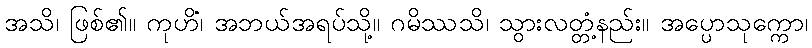
အသိ၊ ဖြစ်၏။ ကုဟိံ၊ အဘယ်အရပ်သို့။ ဂမိဿသိ၊ သွားလတ္တံ့နည်း။ အပ္ပောသုက္ကော၊